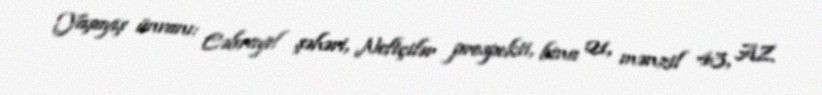
Yaşayış ünvanı: Cəbrayıl şəhəri, Neftçilər prospekti, bina 21, mənzil 43, AZ